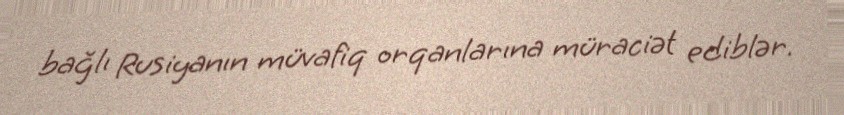
bağlı Rusiyanın müvafiq orqanlarına müraciət ediblər.